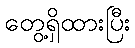
တွေ့ရှိထားပြီး